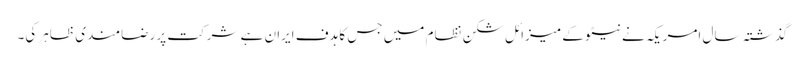
گذشتہ سال امریکہ نے نیٹو کے میزائل شکن نظام میں جس کا ہدف ایران ہے شرکت پر رضامندی ظاہر کی۔